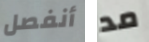
أنفصل مد